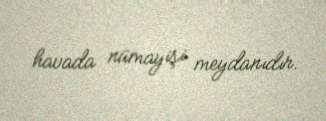
havada nümayişi meydanıdır.